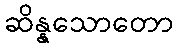
ဆိန္နသောတော